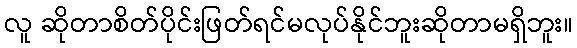
လူ ဆိုတာစိတ်ပိုင်းဖြတ်ရင်မလုပ်နိုင်ဘူးဆိုတာမရှိဘူး။